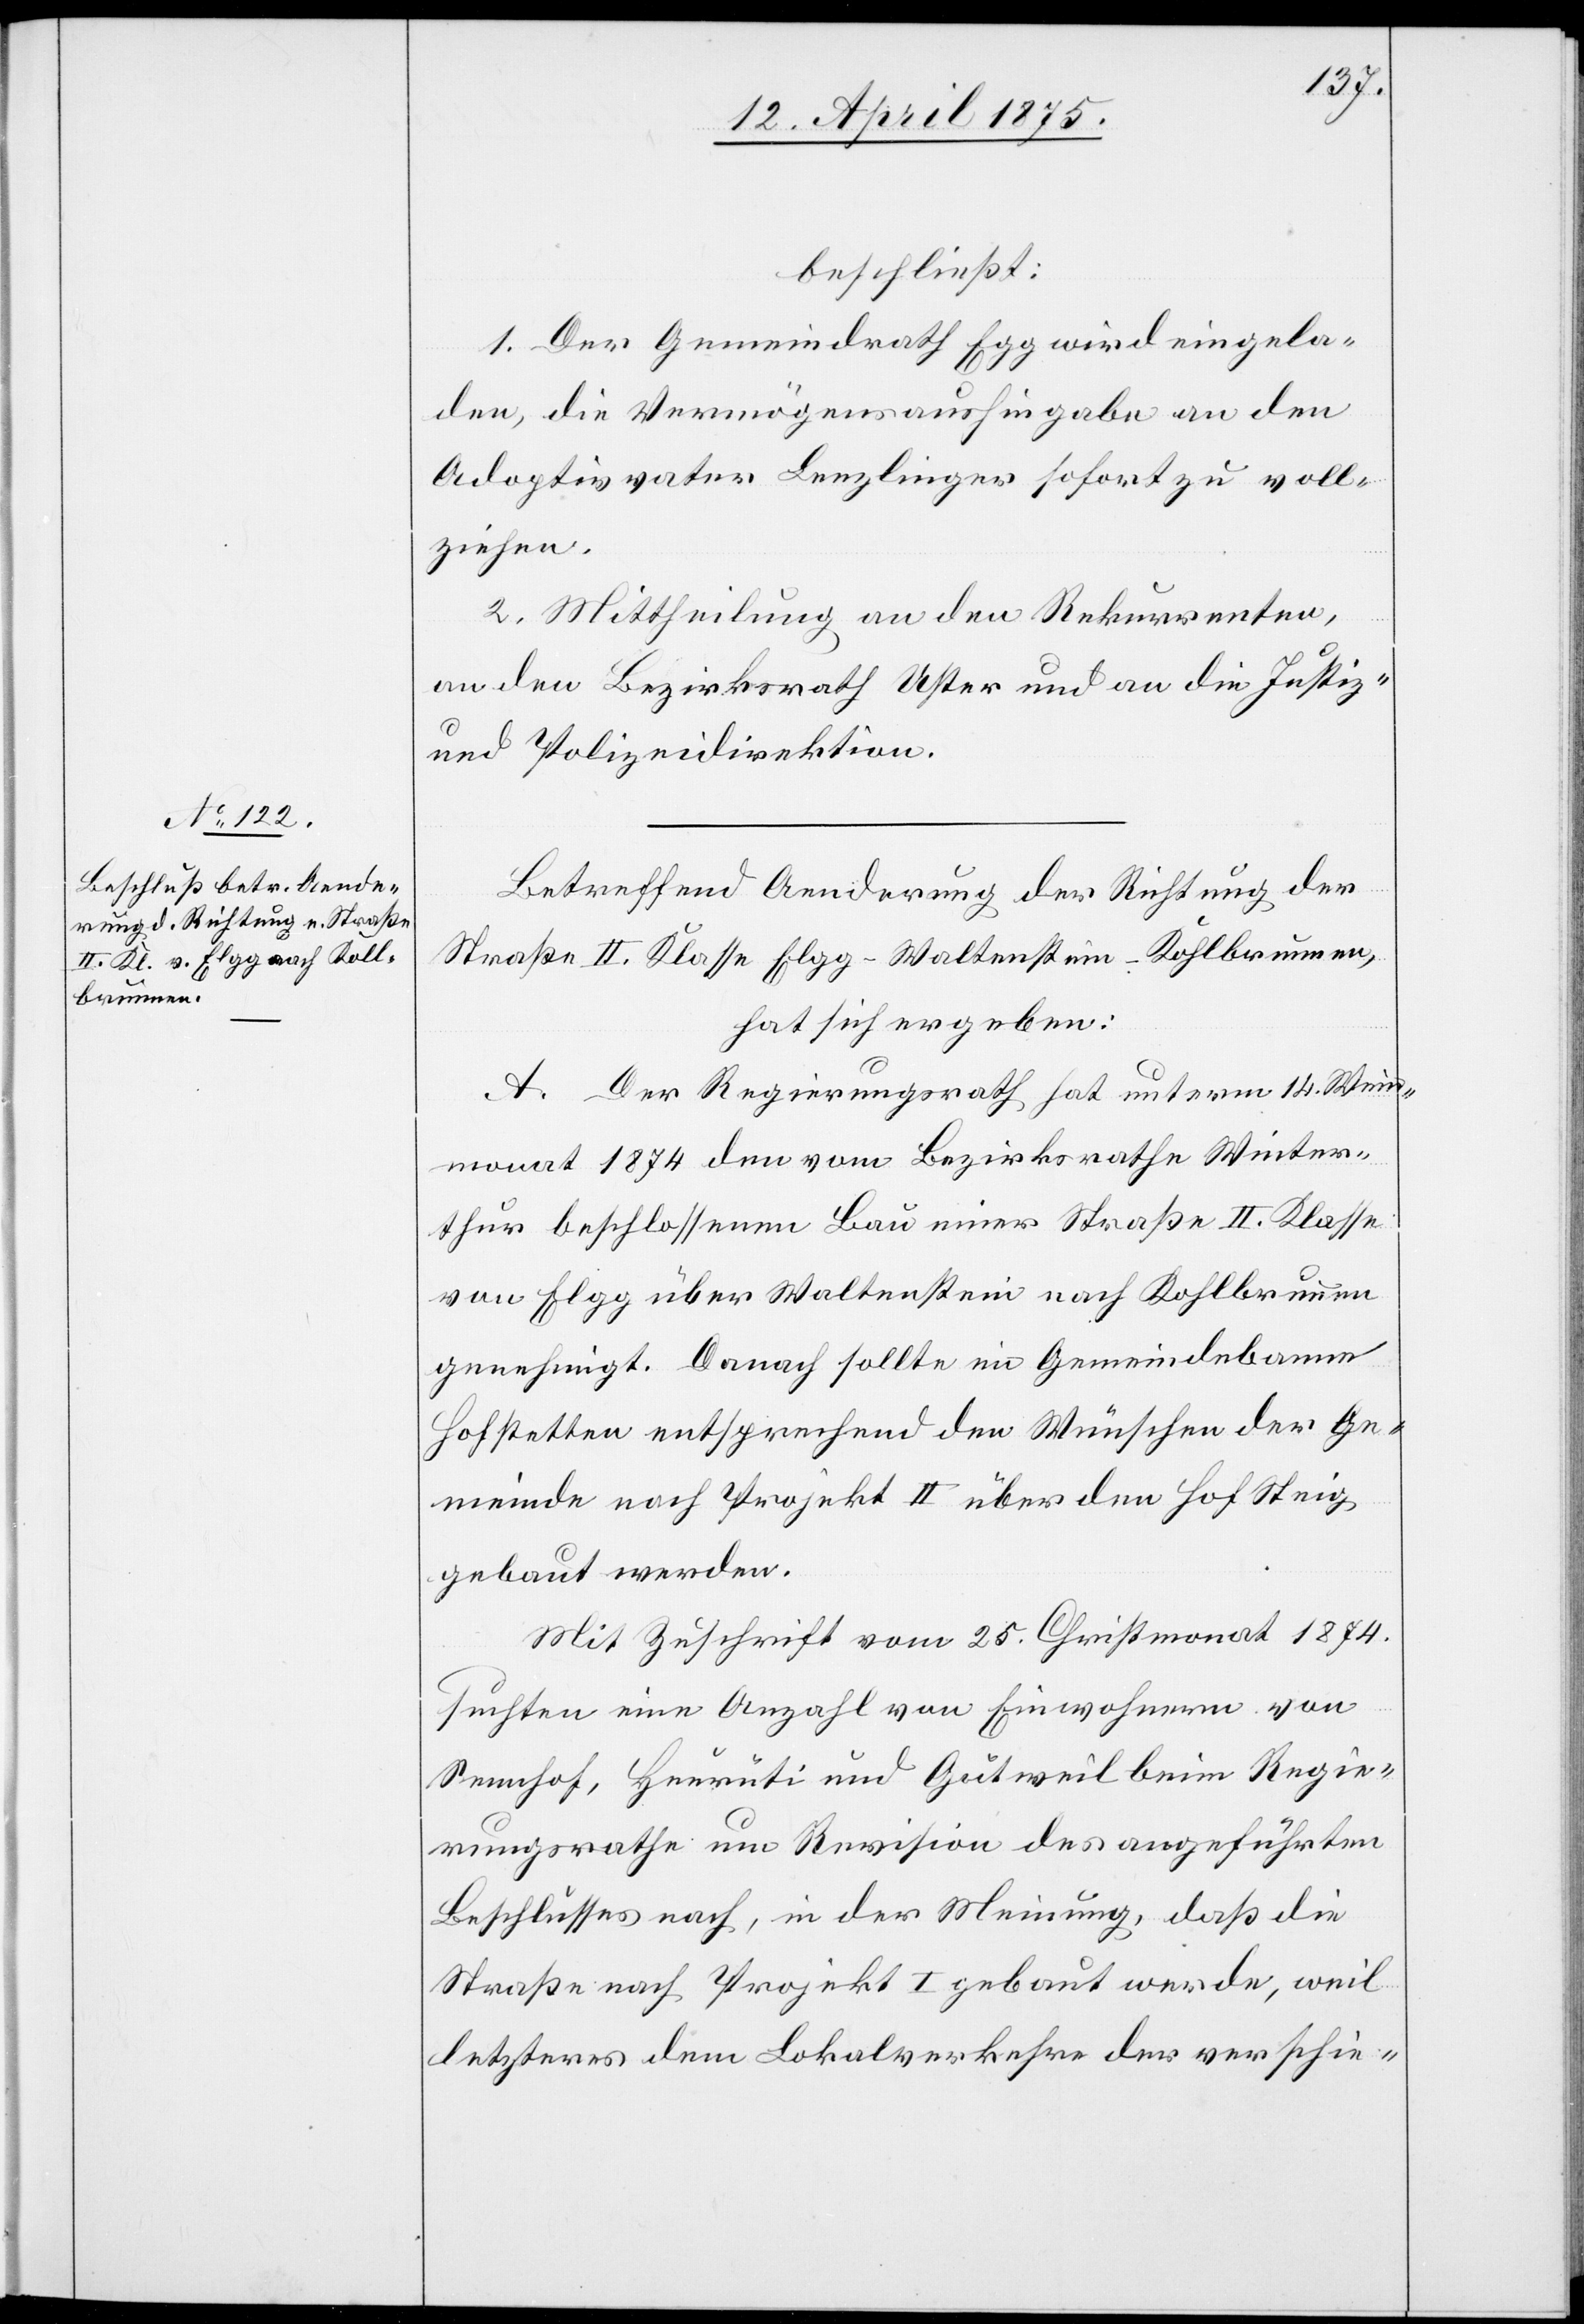
beschließt:
1. Der Gemeindrath Egg wird eingela¬
den die Vermögensaushingabe an den
Adoptivvater Lenzlinger sofort zu voll¬
ziehen.
2. Mittheilung an den Rekurrenten,
an den Bezirksrath Uster und an die Justiz-
und Polizeidirektion.
Betreffend Aenderung der Richtung der
Straße II. Klaße Elgg–Waltenstein–Kohlbrunnen,
hat sich ergeben:
A. Der Regierungsrath hat unterm 14. Wein¬
monat 1874 den vom Bezirksrathe Winter¬
thur beschlossenen Bau einer Straße II. Klasse
von Elgg über Waltenstein nach Kohlbrunnen
genehmigt. Danach sollte im Gemeindebanne
Hofstetten entsprechend den Wünschen der Ge¬
meinde nach Projekt II über den Hof Steig
gebaut werden.
Mit Zuschrift vom 25. Christmonat 1874
suchten eine Anzahl Einwohner von
Sennhof, Heurüti und Gutweil beim Regie¬
rungsrathe um Revision des ausgeführten
Beschlusses nach, in der Meinung, daß die
Straße nach Projekt I gebaut werde, weil
letzteres dem Lokalverkehr der verschie-